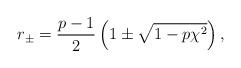
LaTeX: \begin{align*} r_{\pm}=\frac{p-1}{2}\left(1\pm\sqrt{1-p\chi^2}\right), \end{align*}